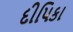
દીપિકા